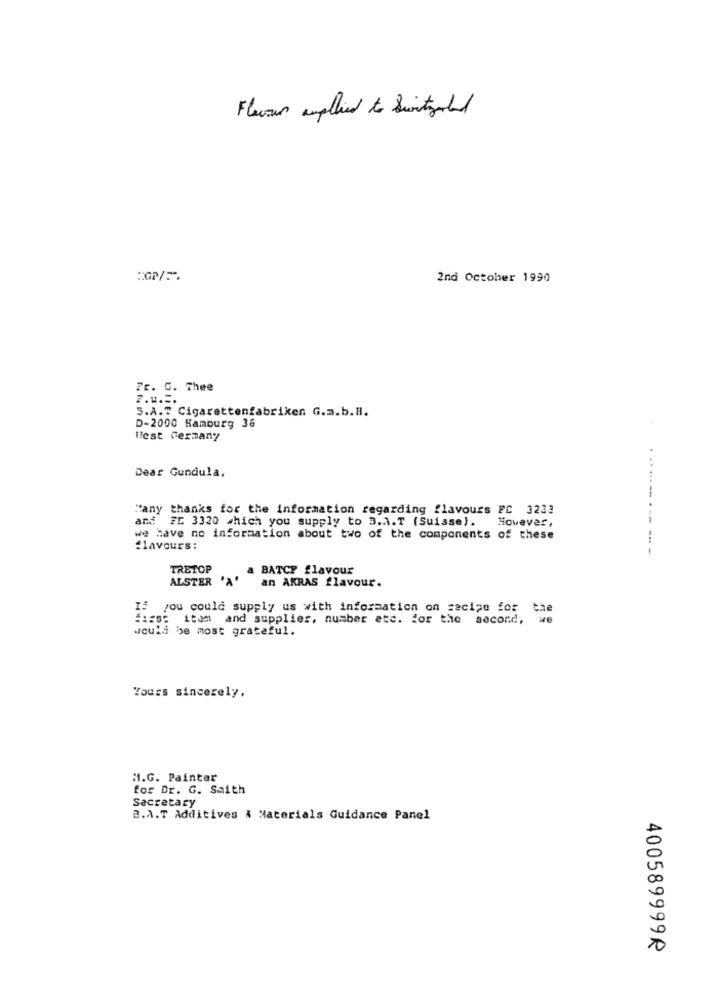
Flavour applied to Switzerland
:GP/
2nd October 1990
Fr. G. Thee
F.u ...
S.A.T Cigarettenfabriken G.m.b.H.
D-2000 Hamburg 36
fest Germany
Dear Gundula,
Many thanks for the information regarding flavours FC 3233
FC 3320 which you supply to 3.3.T (Suisse). However,
.....- .-
we have no information about two of the components of these
flavours:
TRETOP
a BATCF flavour
ALSTER 'A'
an AKRAS flavour.
If you could supply us with information on recipe for the
#:es: item and supplier, number etc. for the second, we
would be most grateful.
Yours sincerely,
M.G. Painter
for Dr. G. Saith
Secretary
3.A.T Additives & Materials Guidance Panel
400589999R